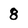
Character: 8